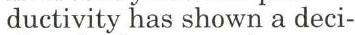
ductivity has shown a deci-